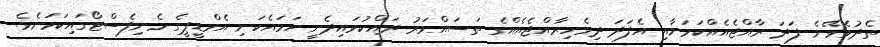
ތެދުވެވޭނެ ފަދަ ރާއްޖެއެއްކަމަށާއި އެފަދަ ދިވެހިރާއްޖެއެއްގެ ތަސައްވަރު ދައްކުވައިދެނީ ހަމައެކަނި އެމްޑީޕީގެ މެނިފެސްޓޯގައިކަމަށެވެ.